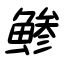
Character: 鯵